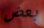
بعض